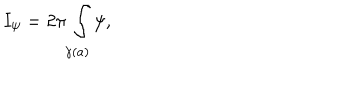
I _ { \psi } = 2 \pi \int _ { \gamma ( a ) } \psi ,